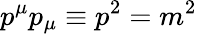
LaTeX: p^{\mu}p_{\mu}\equiv p^{2}=m^{2}